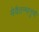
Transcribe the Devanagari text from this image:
मेवैतन्मानुष्यै